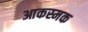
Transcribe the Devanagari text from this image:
आकस्मक